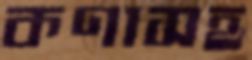
কণাসহ